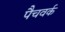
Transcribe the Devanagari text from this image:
पैचवर्क